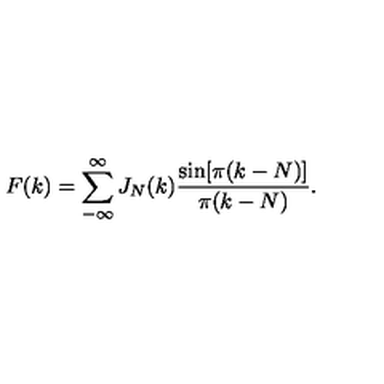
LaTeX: F ( k ) = \sum _ { - \infty } ^ { \infty } J _ { N } ( k ) \frac { \sin [ \pi ( k - N ) ] } { \pi ( k - N ) } .